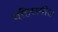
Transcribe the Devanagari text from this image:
गहिरागीत